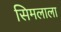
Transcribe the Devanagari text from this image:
सिमलाला